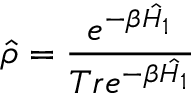
\hat { \rho } = \frac { e ^ { - \beta \hat { H _ { 1 } } } } { T r e ^ { - \beta \hat { H _ { 1 } } } }